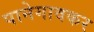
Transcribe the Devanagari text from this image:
पानेगावकर